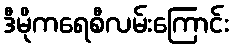
ဒီမိုကရေစီလမ်းကြောင်း